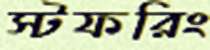
স্টফরিং